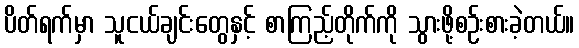
ပိတ်ရက်မှာ သူငယ်ချင်းတွေနှင့် စာကြည့်တိုက်ကို သွားဖို့စဉ်းစားခဲ့တယ်။